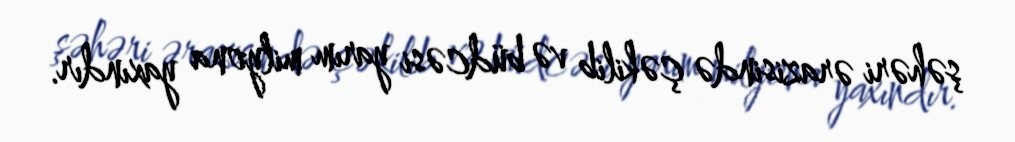
şəhəri ərazisində çəkilib və büdcəsi yarım milyona yaxındır.